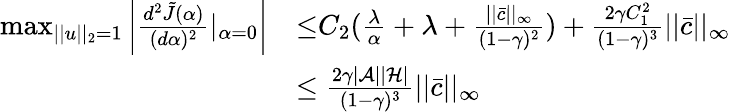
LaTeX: \begin{array}{rl}{\operatorname*{max}_{||u||_{2}=1}\left|\frac{d^{2}\tilde{J}(\alpha)}{(d\alpha)^{2}}|_{\alpha=0}\right|}&{{\le}C_{2}(\frac{\lambda}{\alpha}+\lambda+\frac{||\bar{c}||_{\infty}}{(1-\gamma)^{2}})+\frac{2\gamma C_{1}^{2}}{(1-\gamma)^{3}}||\bar{c}||_{\infty}}\\ &{\le\frac{2\gamma|\mathcal{A}||\mathcal{H}|}{(1-\gamma)^{3}}||\bar{c}||_{\infty}}\end{array}